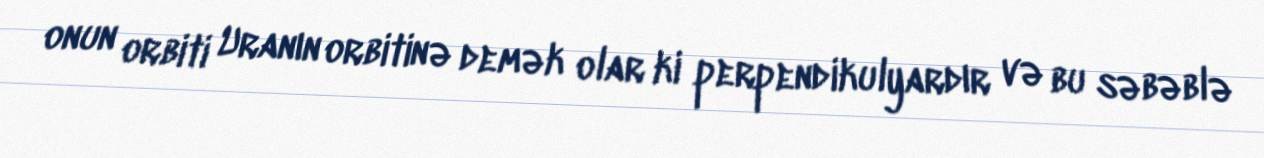
onun orbiti Uranın orbitinə demək olar ki perpendikulyardır və bu səbəblə